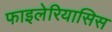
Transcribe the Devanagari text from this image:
फाइलेरियासिस